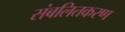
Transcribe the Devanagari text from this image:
संबलितकरण